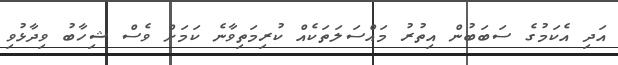
އަދި އެކަމުގެ ސަބަބުން އިތުރު މައްސަލަތަކެއް ކުރިމަތިވާނެ ކަމަށް ވެސް ޝިހާބު ވިދާޅުވި